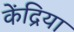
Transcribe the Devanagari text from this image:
केंद्रिया